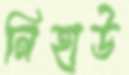
নিহাউ